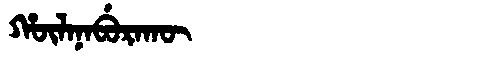
Manchu: ᡥᡡᠯᠠᠨᠠᠪᡠᡵᠠᡴᡡ
Romanization: HŪLANABURAKŪ